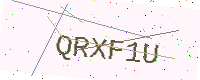
Text: QRXF1U